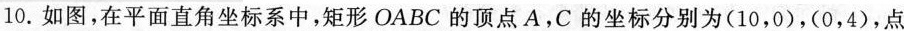
10.如图，在平面直角坐标系中，矩形OABC的顶点A，C的坐标分别为(10，0)，(0，4)，点